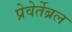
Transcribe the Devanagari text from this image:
प्रेवेर्तेब्रल